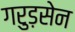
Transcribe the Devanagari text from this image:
गरुड़सेन